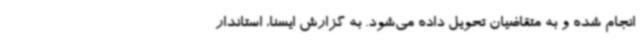
انجام شده و به متقاضیان تحویل داده می‌شود. به گزارش ایسنا، استاندار